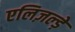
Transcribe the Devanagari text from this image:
एलिज़ल्ड़े